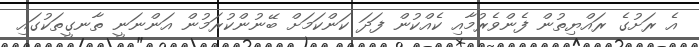
އެ ރަށުގެ ރައްޔިތުން ފެންވެރުމާއި ކެއްކުން ފަދަ ކަންކަމަށް ބޭނުންކުރަމުން އަންނަނީ ތާނގީތަކުގައި